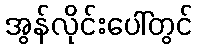
အွန်လိုင်းပေါ်တွင်